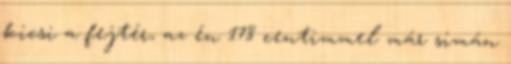
kicsi a fejtér, az én 178 centimmel már simán